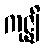
ကုဇ္ဈိ